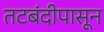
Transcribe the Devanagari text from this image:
तटबंदीपासून